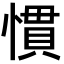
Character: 慣